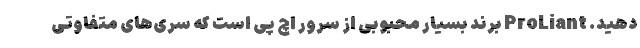
دهید. ProLiant برند بسیار محبوبی از سرور اچ پی است که سری‌های متفاوتی